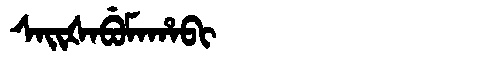
Manchu: ᠰᠠᡳᡧᠠᠪᡠᠮᠠᡥᠠᠪᡳ
Romanization: SAIŠABUMAHABI